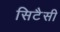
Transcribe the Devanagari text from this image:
सिटैसी